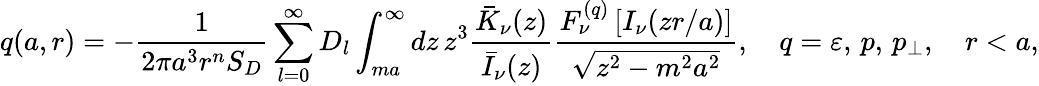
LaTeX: q(a,r)=-\frac{1}{2\pi a^{3}r^{n}S_{D}}\sum_{l=0}^{\infty}D_{l}\int_{ma}^{\infty}dz\, z^{3}\frac{\bar{K}_{\nu}(z)}{\bar{I}_{\nu}(z)}\frac{F_{\nu}^{(q)}\left[I_{\nu}(zr/a)\right]}{\sqrt{z^{2}-m^{2}a^{2}}},\quad q=\varepsilon,\, p,\, p_{\perp},\quad r<a,